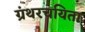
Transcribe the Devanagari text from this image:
ग्रंथरचयिता